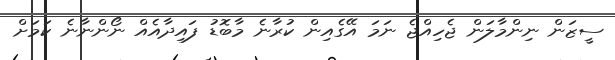
ސީޒަން ނިންމާލަން ޖެހިއްޖެ ނަމަ އޭގެއިން ކުރާނެ މާބޮޑު ފައިދާއެއް ނޯންނާނެ ކަމަށް